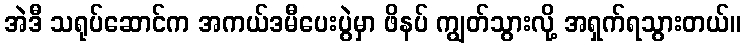
အဲဒီ သရုပ်ဆောင်က အကယ်ဒမီပေးပွဲမှာ ဖိနပ် ကျွတ်သွားလို့ အရှက်ရသွားတယ်။